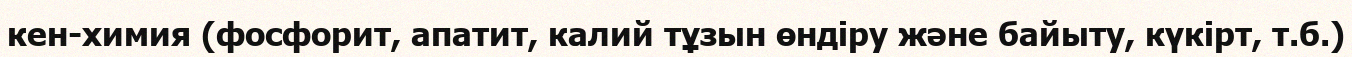
кен-химия (фосфорит, апатит, калий тұзын өндіру және байыту, күкірт, т.б.)